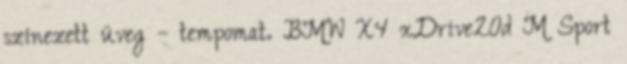
színezett üveg – tempomat. BMW X4 xDrive20d M Sport